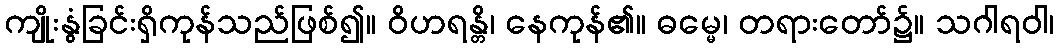
ကျိုးနွံခြင်းရှိကုန်သည်ဖြစ်၍။ ဝိဟရန္တိ၊ နေကုန်၏။ ဓမ္မေ၊ တရားတော်၌။ သဂါရဝါ၊